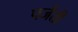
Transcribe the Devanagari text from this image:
पर्जती